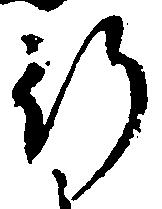
行